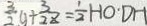
\frac { 3 } { 2 } y + \frac { 3 } { 2 z } = \frac { 1 } { 2 } H O . D H